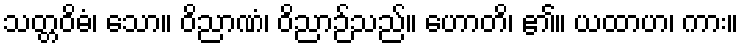
သတ္တဝိဓံ၊ သော။ ဝိညာဏံ၊ ဝိညာဉ်သည်။ ဟောတိ၊ ၏။ ယထာဟ၊ ကား။